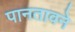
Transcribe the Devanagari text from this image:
पानतावने